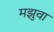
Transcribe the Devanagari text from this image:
मझुवा